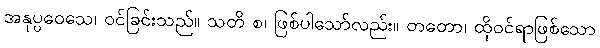
အနုပ္ပဝေသေ၊ ဝင်ခြင်းသည်။ သတိ စ၊ ဖြစ်ပါသော်လည်း။ တတော၊ ထိုဝင်ရာဖြစ်သော